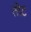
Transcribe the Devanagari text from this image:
तोट